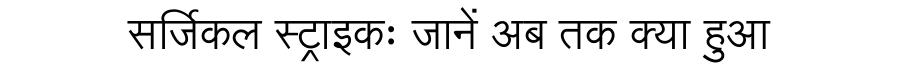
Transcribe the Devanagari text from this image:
सर्जिकल स्ट्राइकः जानें अब तक क्या हुआ